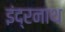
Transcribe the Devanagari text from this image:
इंद्रनाथ